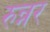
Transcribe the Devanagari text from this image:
रुन्नर